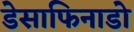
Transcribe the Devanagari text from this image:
डेसाफिनाडो